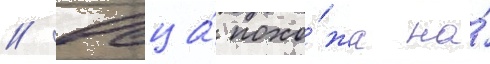
// Овца́ похо́жа на́